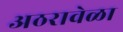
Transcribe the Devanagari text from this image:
अठरावेळा